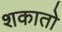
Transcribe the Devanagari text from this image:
शकातो